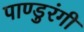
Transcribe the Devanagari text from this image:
पाण्डुरंगी